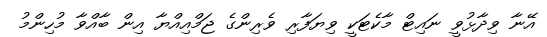
އޭނާ ވިދާޅުވީ ނައިޓް މާކެޓަކީ ވިޔަފާރި ވެރިންގެ ޖަމްއިއްޔާ އިން ބާއްވާ މުހިންމު